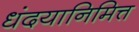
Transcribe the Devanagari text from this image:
धंदयानिमित्त्‍ा